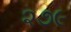
૨૭૯